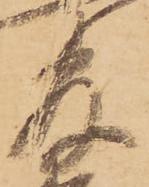
官